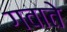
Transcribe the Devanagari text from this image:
गवाते